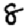
Digit: 8